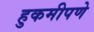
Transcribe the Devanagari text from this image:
हुकमीपणे